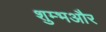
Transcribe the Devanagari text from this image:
शुम्भऔर